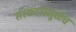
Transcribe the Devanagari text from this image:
संस्कारांमुळेच